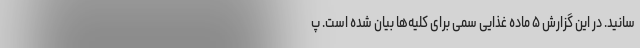
سانید. در این گزارش ۵ ماده غذایی سمی برای کلیه‌ها بیان شده است. پ